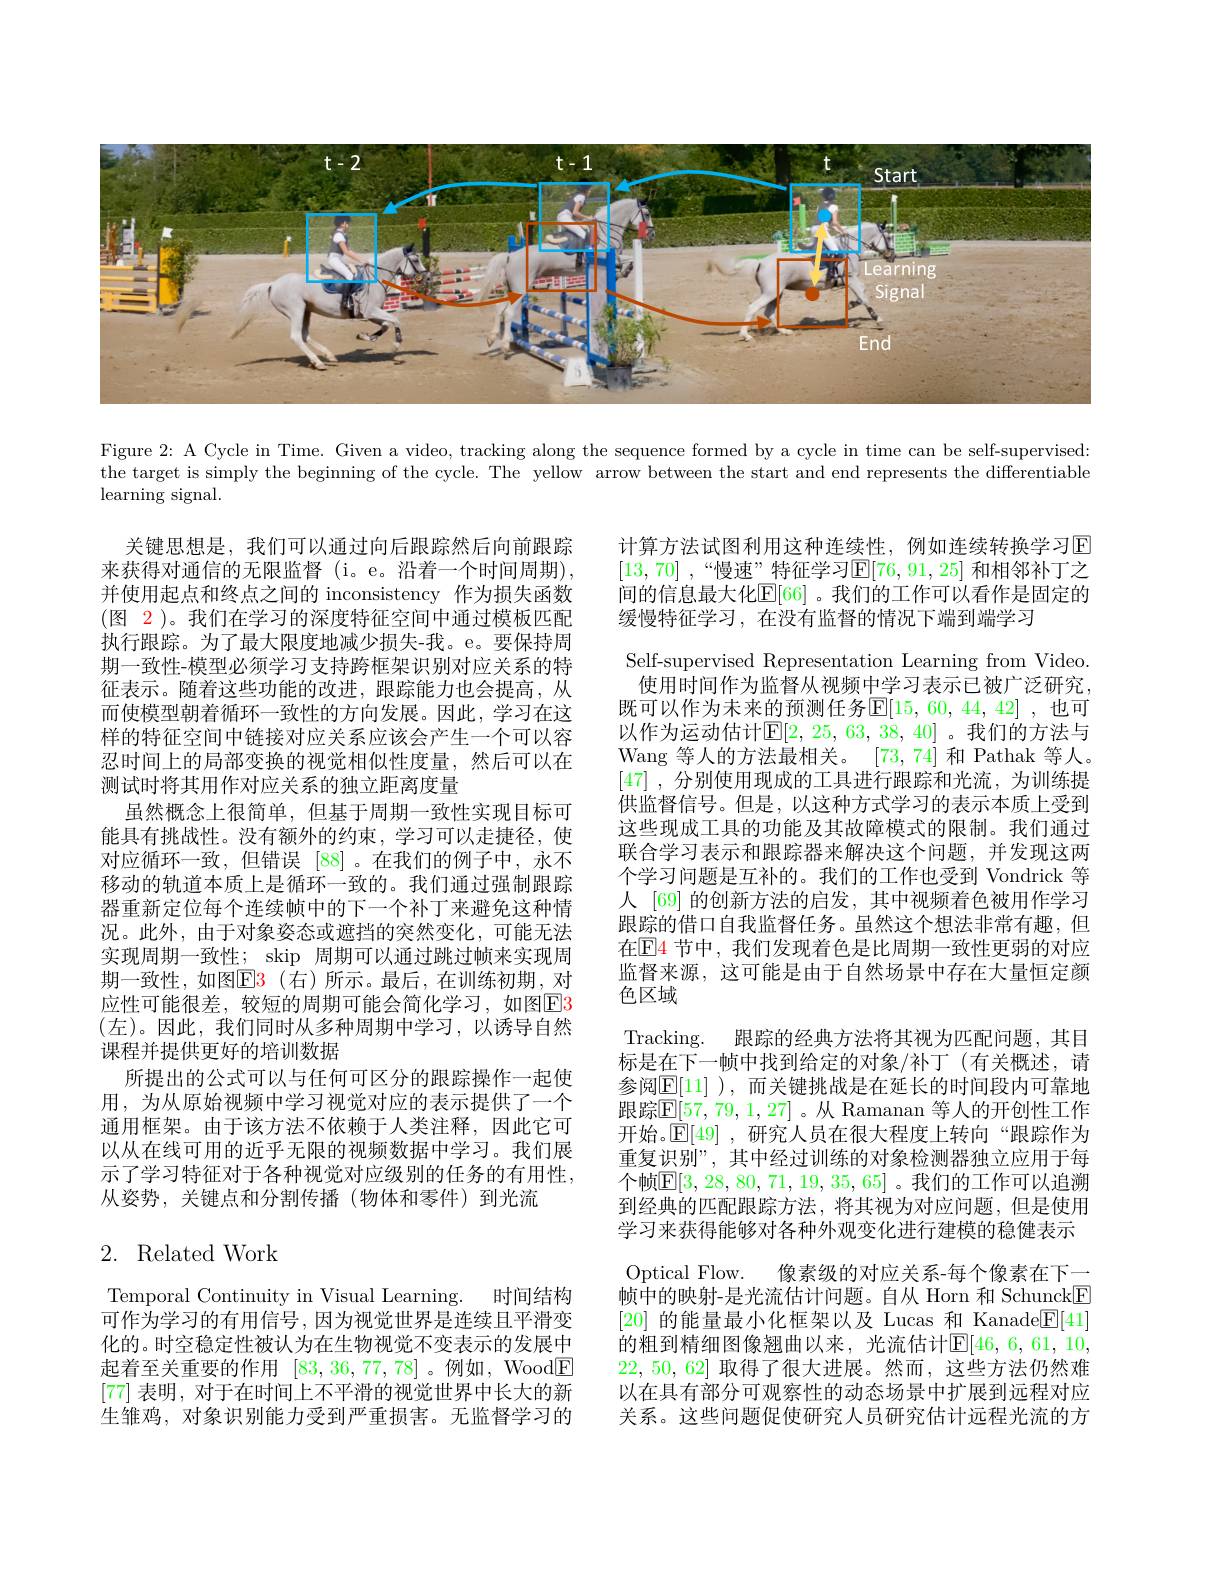
<FigureHere>

Figure 2: A Cycle in Time. Given a video, tracking along the sequence formed by a cycle in time can be self-supervised: the target is simply the beginning of the cycle. The yellow arrow between the start and end represents the differentiable ${\mathrm{learning~signal}}.$

关键思想是，我们可以通过向后跟踪然后向前跟踪来获得对通信的无限监督(i。e。沿着一个时间周期), 并使用起点和终点之间的 inconsistency 作为损失函数(图 2)。我们在学习的深度特征空间中通过模板匹配执行跟踪。为了最大限度地减少损失-我。e。要保持周期一致性-模型必须学习支持跨框架识别对应关系的特征表示。随着这些功能的改进，跟踪能力也会提高，从而使模型朝着循环一致性的方向发展。因此，学习在这样的特征空间中链接对应关系应该会产生一个可以容忍时间上的局部变换的视觉相似性度量，然后可以在测试时将其用作对应关系的独立距离度量
虽然概念上很简单，但基于周期一致性实现目标可能具有挑战性。没有额外的约束，学习可以走捷径，使对应循环一致，但错误[88] 。在我们的例子中，永不移动的轨道本质上是循环一致的。我们通过强制跟踪器重新定位每个连续帧中的下一个补丁来避免这种情况。此外，由于对象姿态或遮挡的突然变化，可能无法实现周期一致性；skip 周期可以通过跳过帧来实现周期一致性，如图E3(右)所示。最后，在训练初期，对应性可能很差，较短的周期可能会简化学习，如图$\color{red}{\mathrm{E3}}$ (左)。因此，我们同时从多种周期中学习，以诱导自然课程并提供更好的培训数据
所提出的公式可以与任何可区分的跟踪操作一起使用，为从原始视频中学习视觉对应的表示提供了一个通用框架。由于该方法不依赖于人类注释，因此它可以从在线可用的近乎无限的视频数据中学习。我们展示了学习特征对于各种视觉对应级别的任务的有用性， 从姿势，关键点和分割传播(物体和零件)到光流

计算方法试图利用这种连续性，例如连续转换学习E [13,70] , $“ 慢 速 ” 特 征 学 习 回 [ 76, 91, 25]$和相邻补丁之间的信息最大化$\mathbb{E}[66]$ 。我们的工作可以看作是固定的缓慢特征学习，在没有监督的情况下端到端学习
Self-supervised Representation Learning from Video. 使用时间作为监督从视频中学习表示已被广泛研究，
既可以作为未来的预测任务$\mathbb{E}[15,60,44,42]$ ,也可以作为运动估计$\mathbb{E}[2,25,63,38,40]$。我们的方法与Wang 等人的方法最相关。[73,74]和 Pathak 等人。[47] ,分别使用现成的工具进行跟踪和光流，为训练提供监督信号。但是，以这种方式学习的表示本质上受到这些现成工具的功能及其故障模式的限制。我们通过联合学习表示和跟踪器来解决这个问题，并发现这两个学习问题是互补的。我们的工作也受到 Vondrick 等人 [69] 的创新方法的启发，其中视频着色被用作学习跟踪的借口自我监督任务。虽然这个想法非常有趣，但在$\mathbb{E}$4 节中，我们发现着色是比周期一致性更弱的对应监督来源，这可能是由于自然场景中存在大量恒定颜色区域
Tracking. 跟踪的经典方法将其视为匹配问题，其目标是在下一帧中找到给定的对象/补丁(有关概述，请参阅$\mathbb{E}[11]$ ),而关键挑战是在延长的时间段内可靠地跟踪$\mathbb{E}[57,79,1,27]$ 。从 Ramanan 等人的开创性工作开始。$\mathbb{E}[49]$ ,研究人员在很大程度上转向“跟踪作为重复识别”, 其中经过训练的对象检测器独立应用于每个帧$\mathbb{E}[3,28,80,71,19,35,65]$。我们的工作可以追溯到经典的匹配跟踪方法，将其视为对应问题，但是使用学习来获得能够对各种外观变化进行建模的稳健表示Optical Flow. 像素级的对应关系-每个像素在下一帧中的映射-是光流估计问题。自从 Horn 和 SchunckE [20]的能量最小化框架以及 Lucas 和 Kanade$\underline{\mathrm{E}}[41]$ 的粗到精细图像翘曲以来，光流估计$\mathbb{E}[46,6,61,10$, 22,50,62]取得了很大进展。然而，这些方法仍然难以在具有部分可观察性的动态场景中扩展到远程对应关系。这些问题促使研究人员研究估计远程光流的方

## 2. Related Work

Temporal Continuity in Visual Learning. 时间结构可作为学习的有用信号，因为视觉世界是连续且平滑变化的。时空稳定性被认为在生物视觉不变表示的发展中起着至关重要的作用[83,36,77,78] 。例如，Wood$\boxed{\mathrm{F}}$ [77]表明，对于在时间上不平滑的视觉世界中长大的新生雏鸡，对象识别能力受到严重损害。无监督学习的